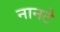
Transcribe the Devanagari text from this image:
नानटे